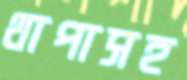
থাপাসহ